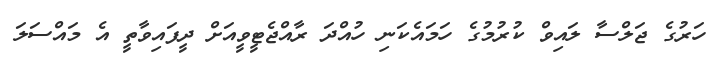
ހަރުގެ ޖަލްސާ ލައިވް ކުރުމުގެ ހަމައެކަނި ހުއްދަ ރާއްޖެޓީވީއަށް ދީފައިވާތީ އެ މައްސަލަ